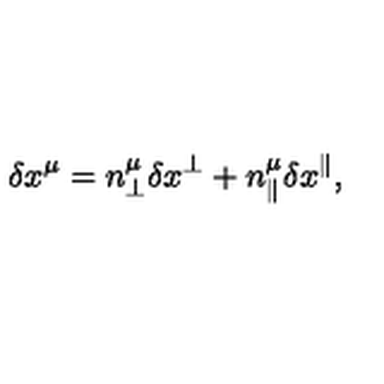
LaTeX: \delta x ^ { \mu } = n _ { \perp } ^ { \mu } \delta x ^ { \perp } + n _ { \parallel } ^ { \mu } \delta x ^ { \parallel } ,